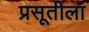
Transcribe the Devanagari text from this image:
प्रसूतीला